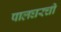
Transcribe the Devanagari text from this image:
पालघरची